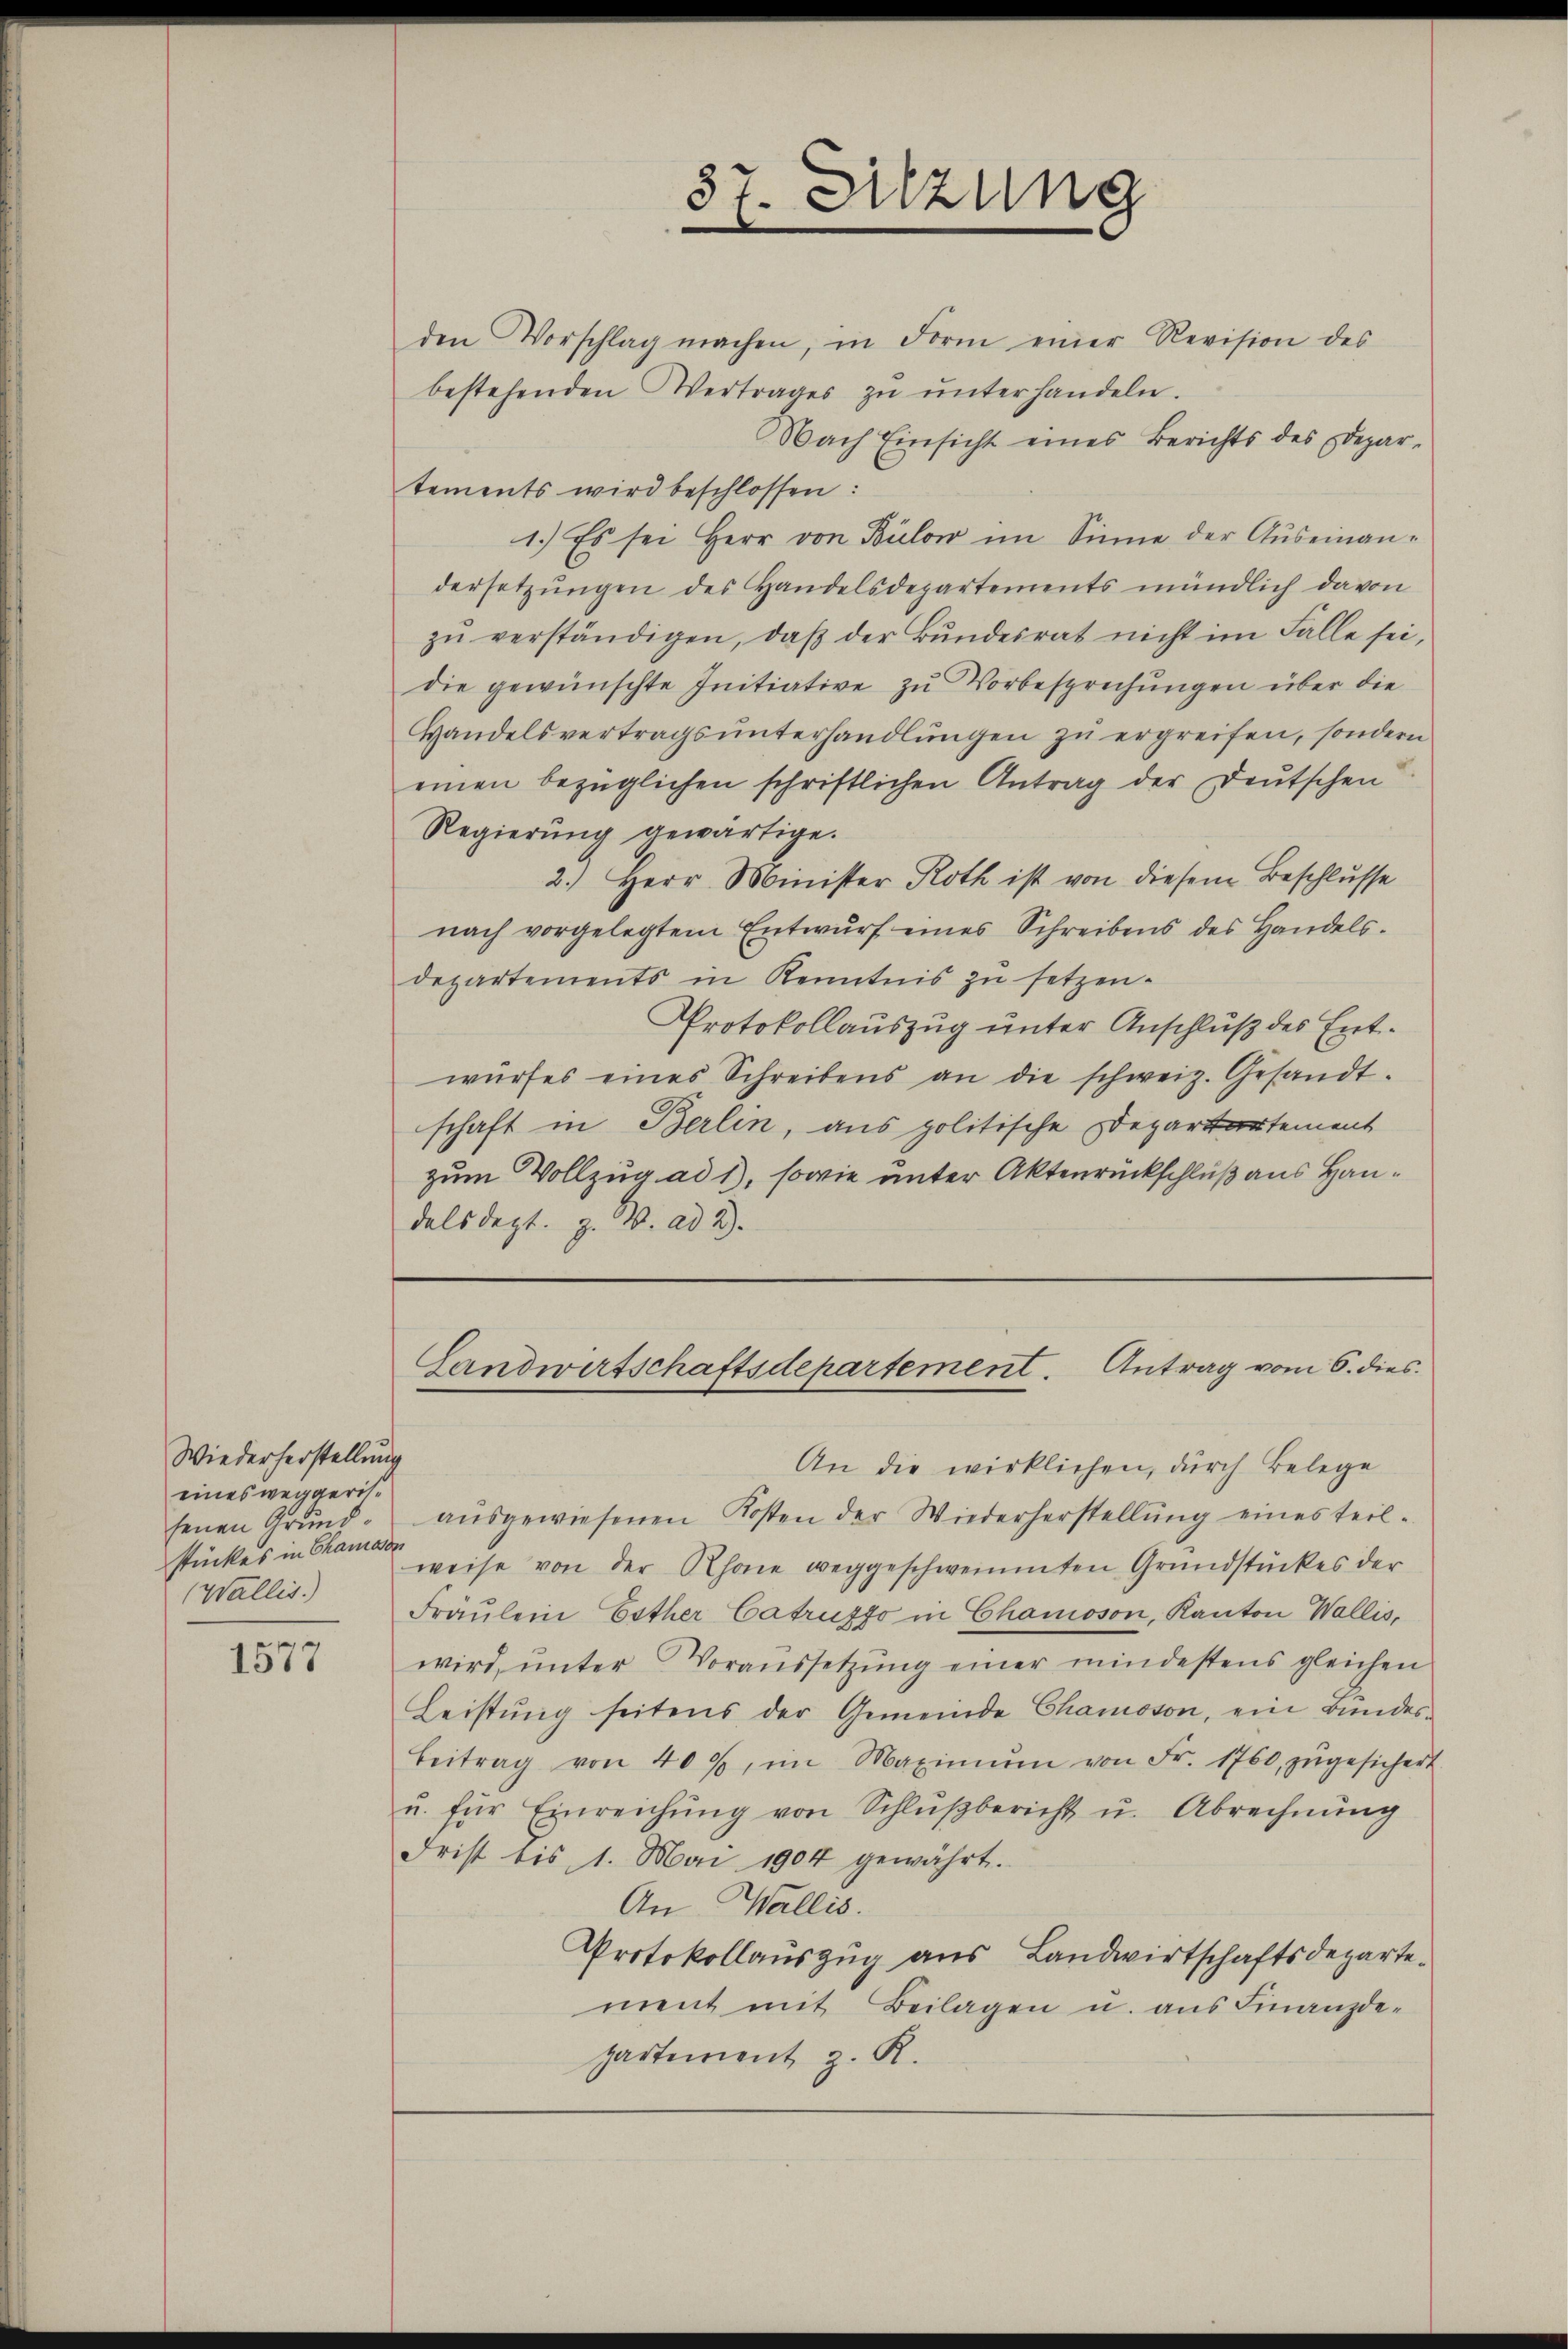
Wiederherstellung
eines weggerissenen Grundstückes in Chamon
Wallis.

1577

den Vorschlag machen, in Form einer Revision des
bestehenden Vertrages zŭ ŭnterhandeln.
Nach Einsicht eines Berichts des Depar-
tements wird beschlossen:
1.) Es sei Herr von Bülow im Sinne der Auseinandersetzungen des Handelsdepartements mündlich davon
zŭ verständigen, daβ der Bŭndesrat nicht im Falle sei,
die gewünschte Initiative zu Vorbesprechungen über die
Handelsvertragsunterhandlungen zu ergreifen, sondern
einen bezüglichen schriftlichen Antrag der Deutschen
Regierung gewärtige.
2.) Herr Minister Roth ist von diesem Beschlusse
nach vorgelegtem Entwŭrf eines Schreibens des Handels-
departements in Kenntnis zu setzen.
Protokollauszug unter Anschluß des Entwŭrfes eines Schreibens an die schweiz. Gesandt-
schaft in Berlin, aus politische Departartement
zum Vollzug ad 1), sowie unter Aktenrückschluß aus Handals dept. z. B. ad 2.

37. Sitzung

An die wirklichen, durch Belege
aŭsgewiesenen Kosten der Wiederherstellŭng eines teil-
weise von der Rhone weggeschweinenten Grundstückes der
Fräulein Esther Catruzzo in Chamoson, Kanton Wallis,
wird, unter Voraussetzung einer mindestens gleichen
Leistŭng seitens der Gemeinde Chamoson, ein Bundes-
Beitrag von 40%, im Maximŭm von Fr. 1760, zŭgesichert
u. für Einreichŭng von Schlŭβbericht u. Abrechnŭng
Frist bis 1. Mai 1904 gewahrt.
An Wallis.
Protokollauszug aus Landwirtschaftsdepartement mit Beilagen u. aus Finanzde-
hartement z. K.

Landwirtschaftsdepartement. Antrag vom 6. dies